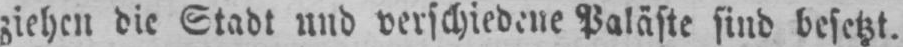
ziehen die Stadt und verschiedene Paläste sind besetzt.